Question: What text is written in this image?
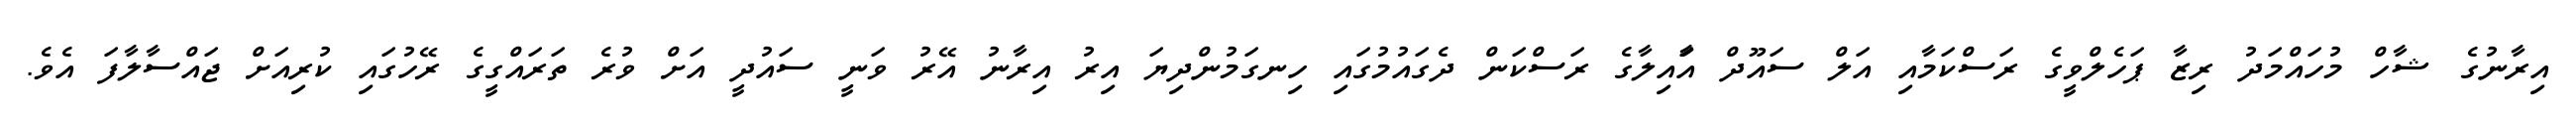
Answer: އިރާނުގެ ޝާހް މުހައްމަދު ރިޒާ ޕަހެލްވީގެ ރަސްކަމާއި އަލް ސައޫދް އަާއިލާގެ ރަސްކަން ދެގައުމުގައި ހިނގަމުންދިޔަ އިރު އިރާނު އޭރު ވަނީ ސައުދީ އަށް ވުރެ ތަރައްގީގެ ރޭހުގައި ކުރިއަށް ޖައްސާލާފަ އެވެ.